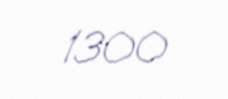
1300